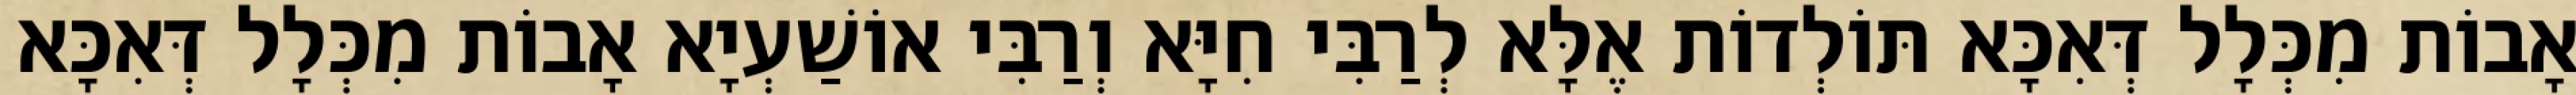
אָבוֹת מִכְּלָל דְּאִכָּא תּוֹלְדוֹת אֶלָּא לְרַבִּי חִיָּא וְרַבִּי אוֹשַׁעְיָא אָבוֹת מִכְּלָל דְּאִכָּא